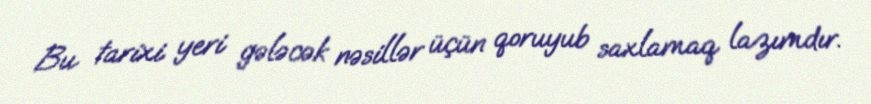
Bu tarixi yeri gələcək nəsillər üçün qoruyub saxlamaq lazımdır.